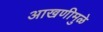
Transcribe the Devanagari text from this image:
आखणीमुळे